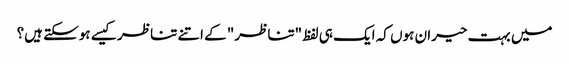
میں بہت حیران ہوں کہ ایک ہی لفظ "تناظر" کے اتنے تناظر کیسے ہوسکتے ہیں؟